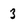
Character: 3